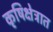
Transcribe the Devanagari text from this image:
कृषिक्षेत्रात